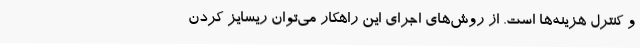
و کنترل هزینه‌ها است. از روش‌های اجرای این راهکار می‌توان ریسایز کردن